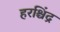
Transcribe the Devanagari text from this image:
हरश्चिंद्र